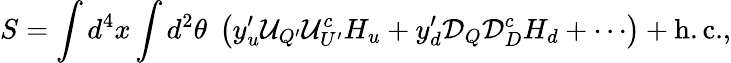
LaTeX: S=\int d^{4}x\int d^{2}\theta\; \left(y_{u}^{\prime}{\cal U}_{Q^{\prime}}{\cal U}_{U^{\prime}}^{c}H_{u}+y_{d}^{\prime}{\cal D}_{Q}{\cal D}_{D}^{c}H_{d}+\cdots\right)+\mathrm{h.c.},